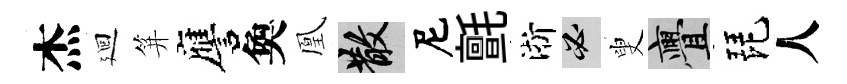
杰廻笄譍奐凰散尼氈淅必叟亹琵人